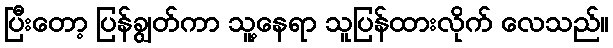
ပြီးတော့ ပြန်ချွတ်ကာ သူ့နေရာ သူပြန်ထားလိုက် လေသည်။